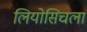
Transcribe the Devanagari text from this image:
लियोसिचला